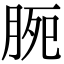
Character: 𣍴